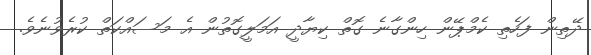
ދޭތިން ފަހެތި ކެމްޕޭން ހިންގާނެ ގޮތް ކިޔާދީ އަމަލީގޮތުން އެ މަސައްކަތް ކުރެވުނެވެ.